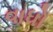
વાધો